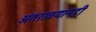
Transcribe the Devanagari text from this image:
अंतराळयानही